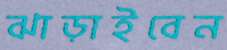
ঝাড়াইবেন